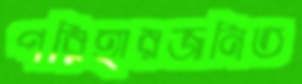
পরিহারজনিত